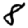
Digit: 8